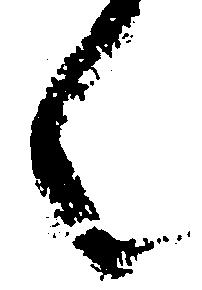
候